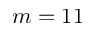
m = 1 1